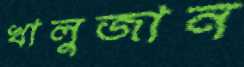
খালুজান